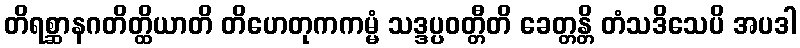
တိရစ္ဆာနဂတိတ္ထိယာတိ တိဟေတုကကမ္မံ သဒ္ဒပ္ပဝတ္တီတိ ခေတ္တန္တိ တံသဒိသေပိ အပဒါ